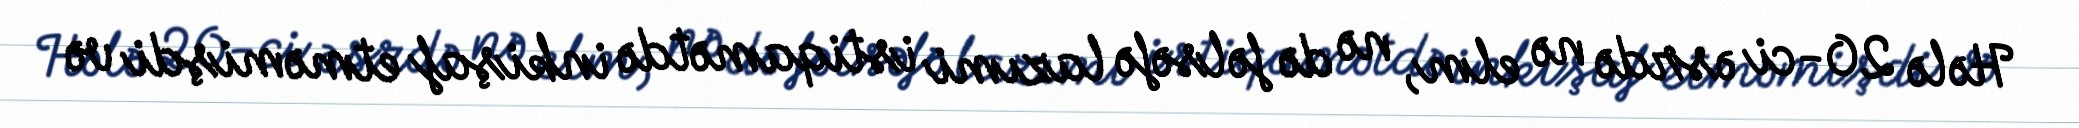
Hələ 20-ci əsrdə nə elm, nə də fəlsəfə lazımi istiqamətdə inkişaf etməmişdi və